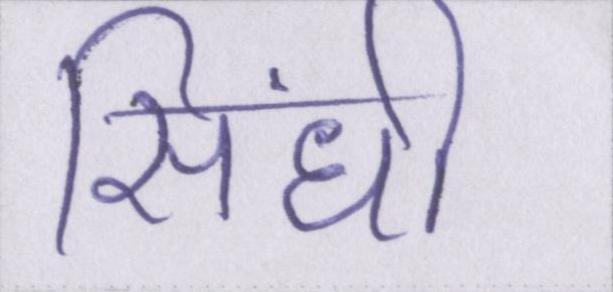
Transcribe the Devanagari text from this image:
सिंधी